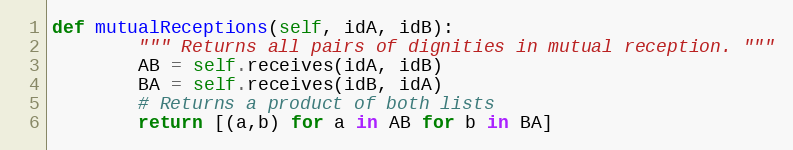
Language: Python
def mutualReceptions(self, idA, idB):
        """ Returns all pairs of dignities in mutual reception. """
        AB = self.receives(idA, idB)
        BA = self.receives(idB, idA)
        # Returns a product of both lists
        return [(a,b) for a in AB for b in BA]